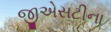
જીએસટીના